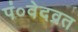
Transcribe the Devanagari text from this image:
पं०वेदव्रत